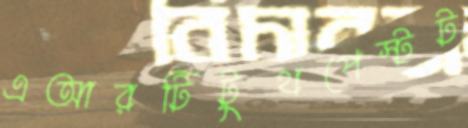
এআরটিটুথপেস্টট